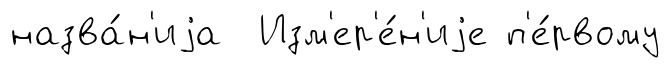
назва́н'иjа Изм'ер'е́н'иjе п'е́рвому